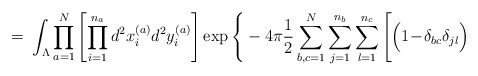
\begin{align*}= \; \int_{\Lambda} \prod_{a=1}^N \left[ \prod_{i=1}^{n_a}d^2x_{i}^{(a)} d^2y_{i}^{(a)} \right] \exp \Bigg\{-4 \pi \frac{1}{2} \sum_{b,c=1}^N \sum_{j=1}^{n_b} \sum_{l=1}^{n_c}\Bigg[ \Big(1\!-\!\delta_{bc}\delta_{jl}\Big)\end{align*}